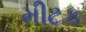
મીટક